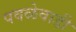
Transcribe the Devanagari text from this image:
पवळेवाडी